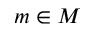
m \in M